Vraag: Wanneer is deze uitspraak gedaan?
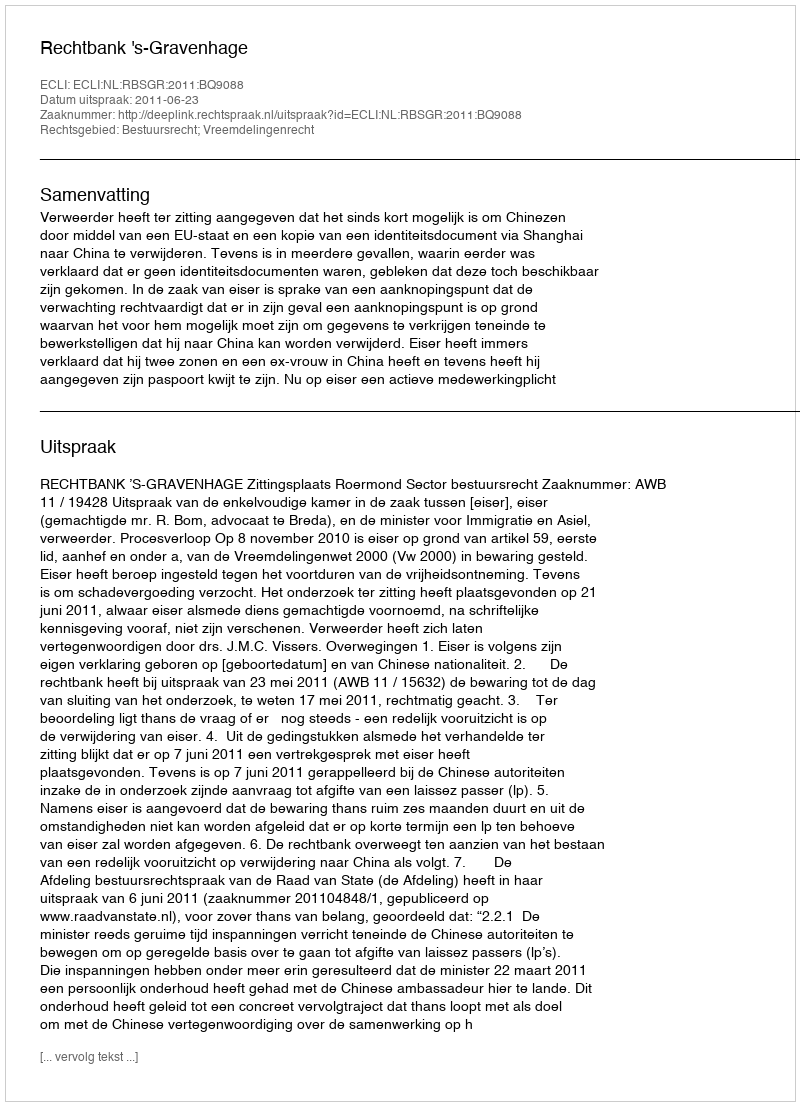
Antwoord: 2011-06-23